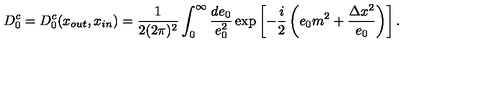
D _ { 0 } ^ { c } = D _ { 0 } ^ { c } ( x _ { o u t } , x _ { i n } ) = \frac { 1 } { 2 ( 2 \pi ) ^ { 2 } } \int _ { 0 } ^ { \infty } \frac { d e _ { 0 } } { e _ { 0 } ^ { 2 } } \exp \left[ - \frac { i } { 2 } \left( e _ { 0 } m ^ { 2 } + \frac { \Delta x ^ { 2 } } { e _ { 0 } } \right) \right] .